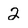
Character: 2